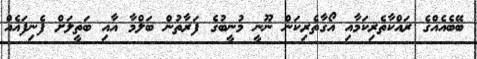
ބޭބެއެއްގެ ރައްކާތެރިކަމާއި އޯގާތެރިކަން ނޫނީ މުނީބުގެ ފަރާތުން ބަލްމާ އާއި ބަތީލަށް ފެނިފައެއް